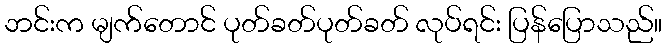
ဘင်းက မျက်တောင် ပုတ်ခတ်ပုတ်ခတ် လုပ်ရင်း ပြန်ပြောသည်။